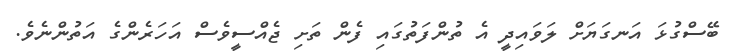
ބޭސްގުޅަ އަނގަޔަށް ލަވައިދީ އެ ތުންފަތުގައި ފެން ތަށި ޖެއްސީވެސް އަހަރެންގެ އަތުންނެވެ.